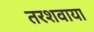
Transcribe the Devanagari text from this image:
तरशवाया